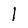
Character: I